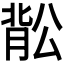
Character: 𬛉